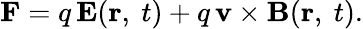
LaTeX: \mathbf{F}=q\, \mathbf{E}(\mathbf{r},\ t)+q\, \mathbf{v}\times\mathbf{B}(\mathbf{r},\ t).